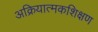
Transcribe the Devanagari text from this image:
अक्रियात्मकशिक्षण